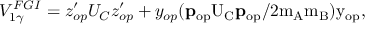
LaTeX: V _ { 1 \gamma } ^ { F G I } = z _ { o p } ^ { \prime } U _ { C } z _ { o p } ^ { \prime } + y _ { o p } ( \bf p \mathrm { _ { o p } U _ { C } \bf p \mathrm { _ { o p } / 2 m _ { A } m _ { B } ) y _ { o p } , } }